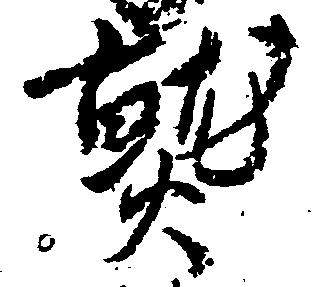
熟